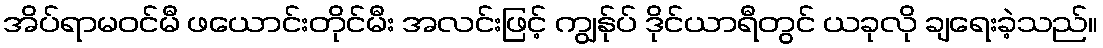
အိပ်ရာမဝင်မီ ဖယောင်းတိုင်မီး အလင်းဖြင့် ကျွန်ုပ် ဒိုင်ယာရီတွင် ယခုလို ချရေးခဲ့သည်။